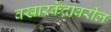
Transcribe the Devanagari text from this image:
वखारकेंद्रावरील